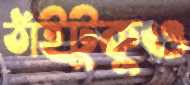
ঠাঁইটুকুও